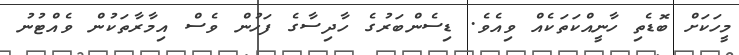
މީހަކަށް ބޮޑެތި ހާނީއްކަތަކެއް ވިއެވެ. ޑިސެންބަރުގެ ހާދިސާގެ ފަހުން ވެސް އިމާރާތަކުން ވެއްޓުނު